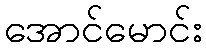
အောင်မောင်း